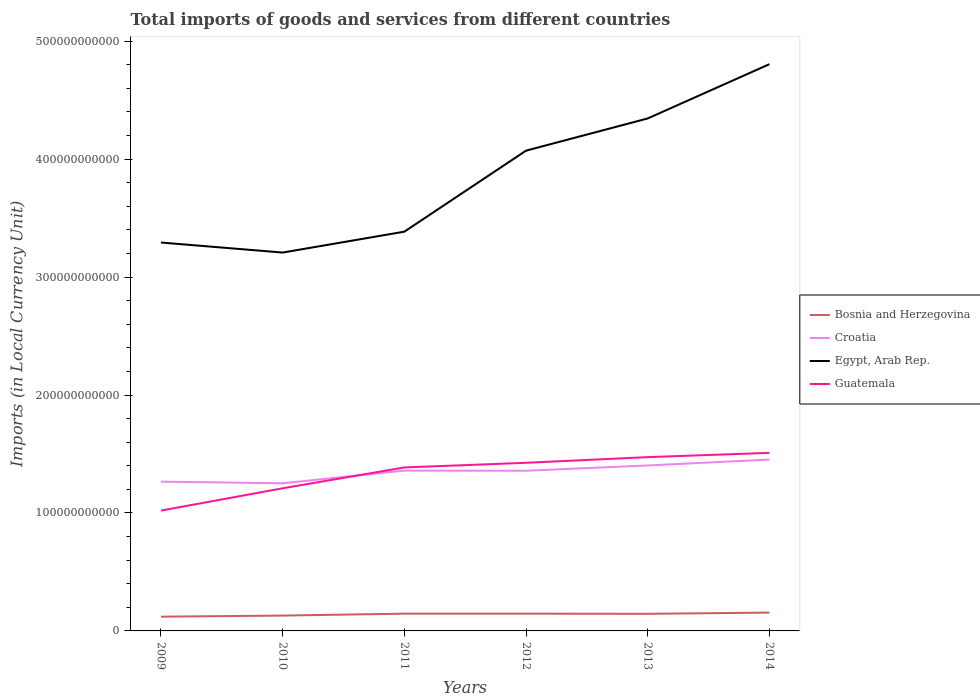
| Years | Bosnia and Herzegovina | Croatia | Egypt, Arab Rep. | Guatemala |
 | --- | --- | --- | --- | --- |
 | 2009 | 1.21e+10 | 1.27e+11 | 3.29e+11 | 1.02e+11 |
 | 2010 | 1.3e+10 | 1.25e+11 | 3.21e+11 | 1.21e+11 |
 | 2011 | 1.46e+10 | 1.36e+11 | 3.38e+11 | 1.39e+11 |
 | 2012 | 1.46e+10 | 1.36e+11 | 4.07e+11 | 1.43e+11 |
 | 2013 | 1.45e+10 | 1.4e+11 | 4.34e+11 | 1.47e+11 |
 | 2014 | 1.55e+10 | 1.45e+11 | 4.80e+11 | 1.51e+11 |